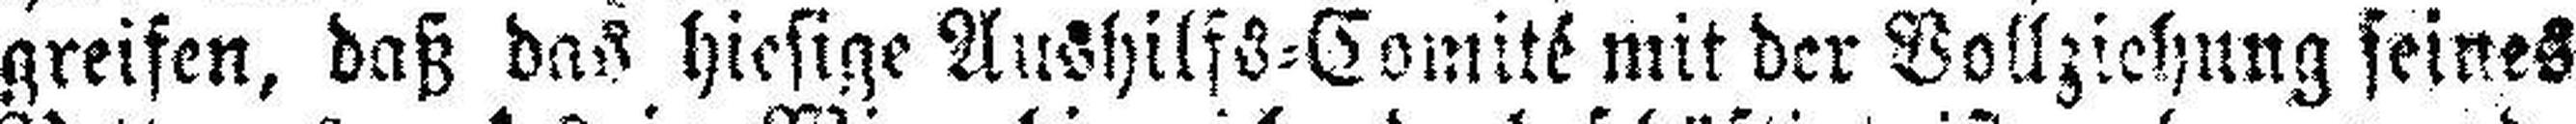
greifen, daß das hiesige Aushilfs=Comité mit der Vollziehung seines